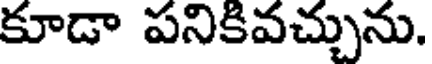
కూడా పనికివచ్చును.